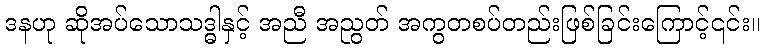
ဒနဟု ဆိုအပ်သောသဒ္ဓါနှင့် အညီ အညွတ် အကွတစပ်တည်းဖြစ်ခြင်းကြောင့်၎င်း။